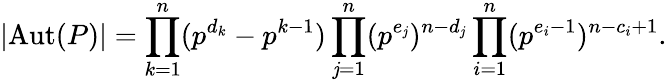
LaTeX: \left|\operatorname{Aut}(P)\right|=\prod_{k=1}^{n}(p^{d_{k}}-p^{k-1})\prod_{\mathit{j}=1}^{n}(p^{e_{\mathit{j}}})^{n-d_{\mathit{j}}}\prod_{i=1}^{n}(p^{e_{i}-1})^{n-c_{i}+1}.